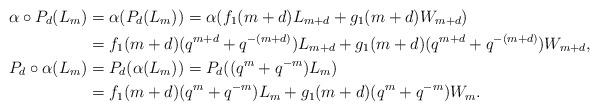
LaTeX: \begin{align*}\alpha\circ P_{d}(L_{m})&=\alpha( P_{d}(L_{m}))=\alpha(f_1(m+d)L_{m+d}+g_1(m+d)W_{m+d})\\&=f_1(m+d)(q^{m+d}+q^{-(m+d)})L_{m+d}+g_1(m+d)(q^{m+d}+q^{-(m+d)})W_{m+d},\\P_{d}\circ\alpha(L_{m})&=P_{d}(\alpha(L_{m}))=P_{d}((q^{m}+q^{-m})L_{m})\\&=f_1(m+d)(q^{m}+q^{-m})L_{m}+g_1(m+d)(q^{m}+q^{-m})W_{m}.\end{align*}